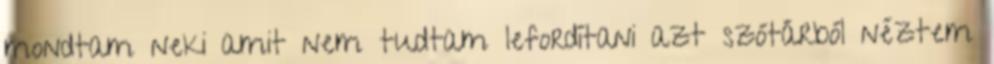
mondtam neki amit nem tudtam lefordítani azt szótárból néztem